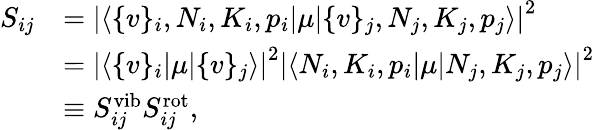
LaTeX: \begin{array}{rl}{S_{ij}}&{=\left\lvert\langle\{ v\} _{i},N_{i},K_{i},p_{i}\lvert\mu\lvert\{ v\} _{j},N_{j},K_{j},p_{j}\rangle\right\lvert^{2}}\\ &{=\left\lvert\langle\{ v\} _{i}\lvert\mu\lvert\{ v\} _{j}\rangle\right\lvert^{2}\left\lvert\langle N_{i},K_{i},p_{i}\lvert\mu\lvert N_{j},K_{j},p_{j}\rangle\right\lvert^{2}}\\ &{\equiv S_{ij}^{\mathrm{vib}}S_{ij}^{\mathrm{rot}},}\end{array}